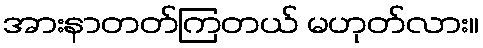
အားနာတတ်ကြတယ် မဟုတ်လား။